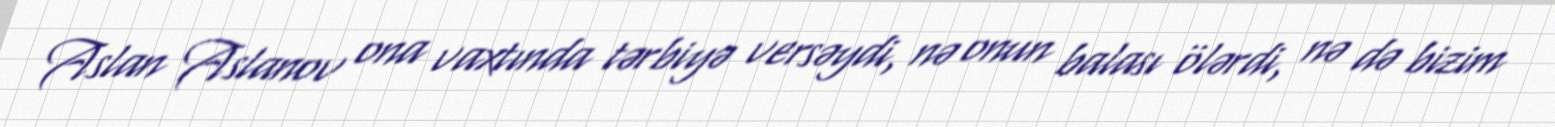
Aslan Aslanov ona vaxtında tərbiyə versəydi, nə onun balası ölərdi, nə də bizim